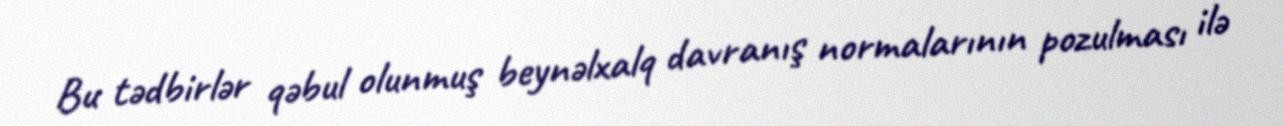
Bu tədbirlər qəbul olunmuş beynəlxalq davranış normalarının pozulması ilə